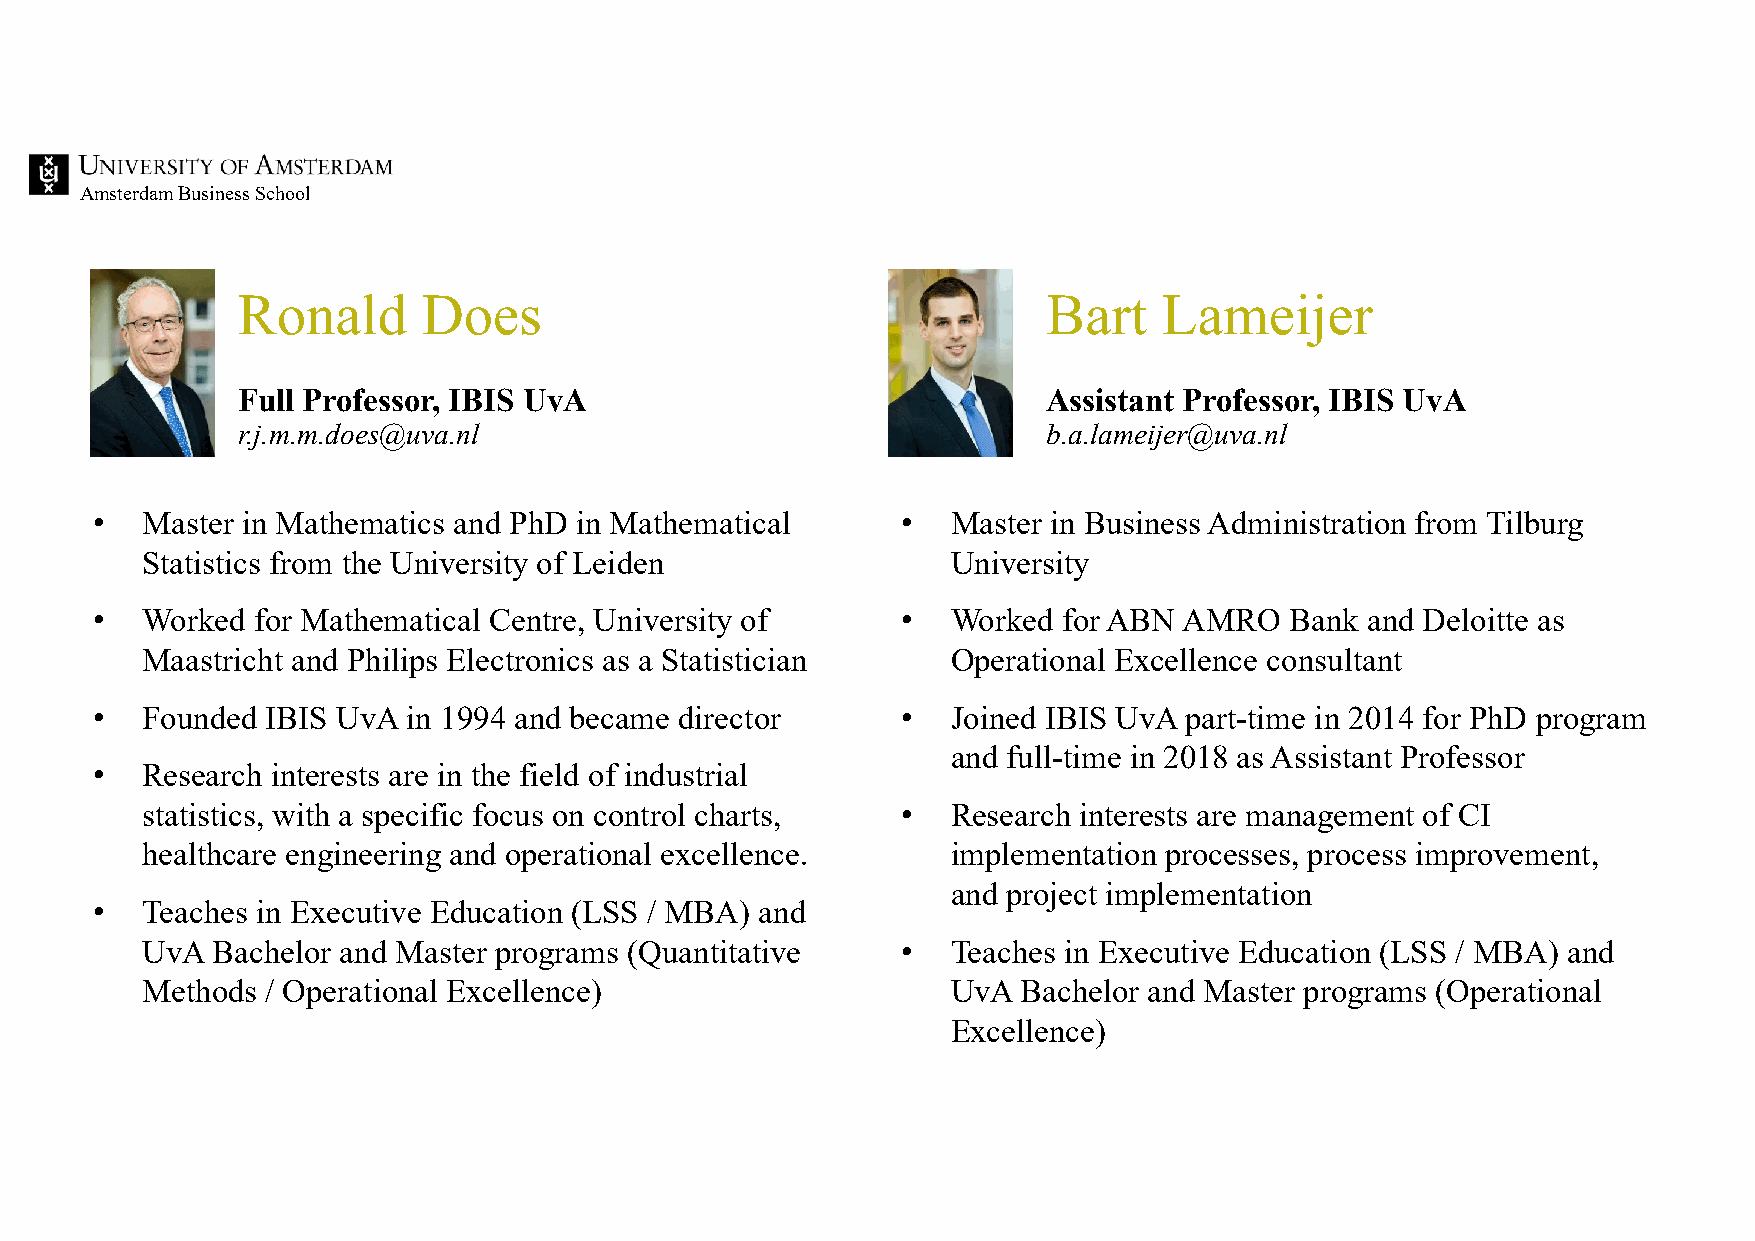
Amsterdam Business School
 Ronald      Does                                     Bart    Lameijer
 Full Professor, IBIS UvA                             Assistant Professor, IBIS UvA
 r.j.m.m.does@uva.nl                                  b.a.lameijer@uva.nl
 •  Master in Mathematics and PhD in Mathematical      •  Master in Business Administration from Tilburg
 Statistics from the University of Leiden              University
 •  Worked  for Mathematical Centre, University of     •  Worked for ABN AMRO   Bank and Deloitte as
 Maastricht and Philips Electronics as a Statistician  Operational Excellence consultant
 •  Founded  IBIS UvA in 1994 and became director      •  Joined IBIS UvA part-time in 2014 for PhD program
 and full-time in 2018 as Assistant Professor
 •  Research interests are in the field of industrial
 statistics, with a specific focus on control charts, • Research interests are management of CI
 healthcare engineering and operational excellence.    implementation processes, process improvement,
 and project implementation
 •  Teaches in Executive Education (LSS / MBA) and
 UvA  Bachelor and Master programs (Quantitative    •  Teaches in Executive Education (LSS / MBA) and
 Methods  / Operational Excellence)                    UvA  Bachelor and Master programs (Operational
 Excellence)